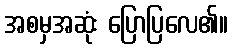
အစမှအဆုံး ပြောပြလေ၏။